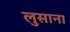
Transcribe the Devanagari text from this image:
लुसाना